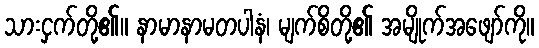
သားငှက်တို့၏။ နာမာနာမတပါနံ၊ မျက်စိတို့၏ အမျိုက်အဖျော်ကို။